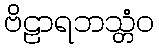
ဗိဠာရဘသ္တံဝ